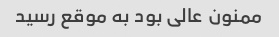
ممنون عالی بود به موقع رسید